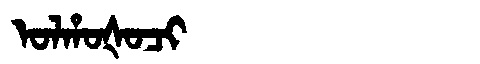
Manchu: ᠣᠯᡥᠣᡧᠣᠴᡳ
Romanization: OLHOŠOCI